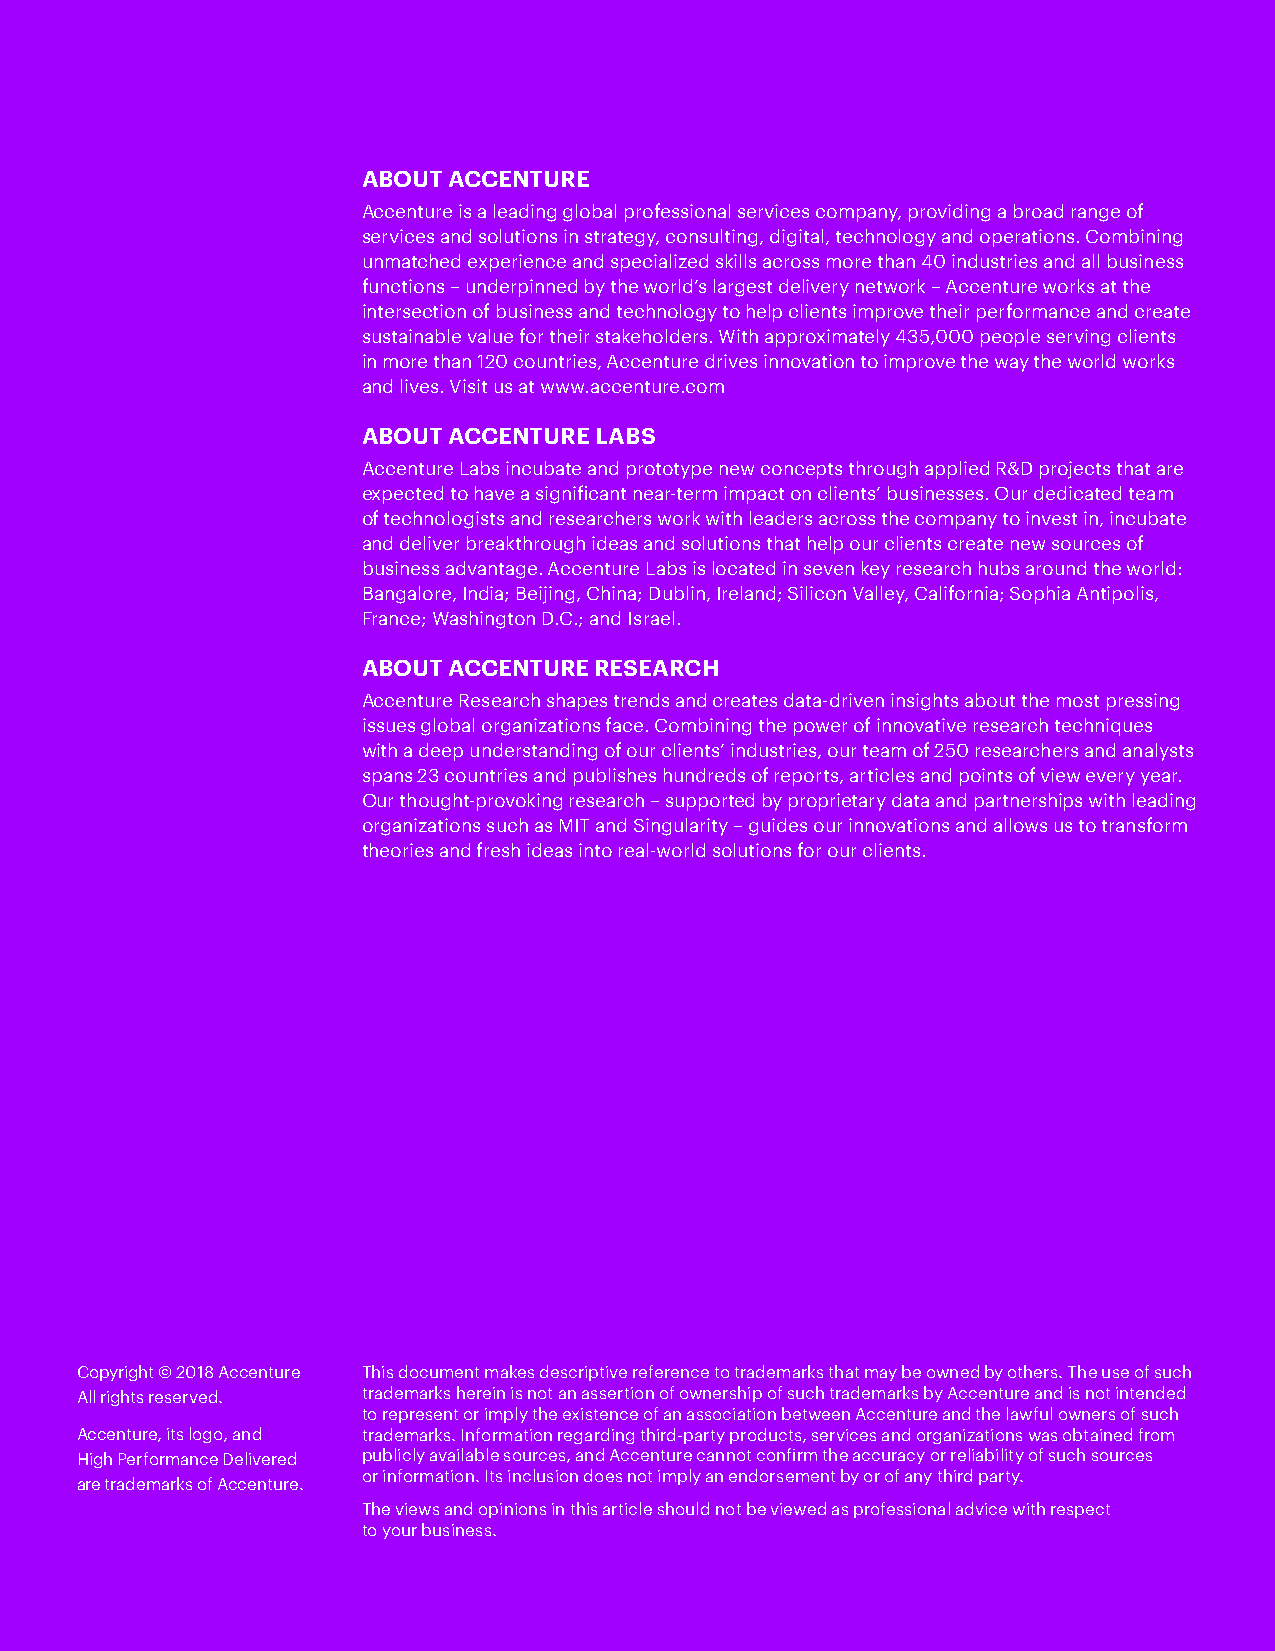
ABOUT ACCENTURE
 Accenture is a leading global professional services company, providing a broad range of
 services and solutions in strategy, consulting, digital, technology and operations. Combining
 unmatched experience and specialized skills across more than 40 industries and all business
 functions – underpinned by the world’s largest delivery network – Accenture works at the
 intersection of business and technology to help clients improve their performance and create
 sustainable value for their stakeholders. With approximately 435,000 people serving clients
 in more than 120 countries, Accenture drives innovation to improve the way the world works
 and lives. Visit us at www.accenture.com
 ABOUT ACCENTURE LABS
 Accenture Labs incubate and prototype new concepts through applied R&D projects that are
 expected to have a significant near-term impact on clients’ businesses. Our dedicated team
 of technologists and researchers work with leaders across the company to invest in, incubate
 and deliver breakthrough ideas and solutions that help our clients create new sources of
 business advantage. Accenture Labs is l ocated in seven key research hubs around the world:
 Bangalore, India; Beijing, China; Dublin, Ireland; Silicon Valley, California; Sophia Antipolis,
 France; Washington D.C.; and Israel.
 ABOUT ACCENTURE RESEARCH
 Accenture Research shapes trends and creates data-driven insights about the most pressing
 issues global organizations face. Combining the power of innovative research techniques
 with a deep understanding of our clients’ industries, our team of 250 researchers and analysts
 spans 23 countries and publishes hundreds of reports, articles and points of view every year.
 Our thought-provoking research – supported by proprietary data and partnerships with leading
 organizations such as MIT and Singularity – guides our innovations and allows us to transform
 theories and fresh ideas into real-world solutions for our clients.
 Copyright © 2018 Accenture This document makes descriptive reference to trademarks that may be owned by others. The use of such
 All rights reserved. trademarks herein is not an assertion of ownership of such trademarks by Accenture and is not intended
 to represent or imply the existence of an association between Accenture and the lawful owners of such
 Accenture, its logo, and trademarks. Information regarding third-party products, services and organizations was obtained from
 High Performance Delivered publicly available sources, and Accenture cannot confirm the accuracy or reliability of such sources
 or information. Its inclusion does not imply an endorsement by or of any third party.
 are trademarks of Accenture.
 The views and opinions in this article should not be viewed as professional advice with respect
 to your business.